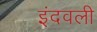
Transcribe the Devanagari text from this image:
इंदवली